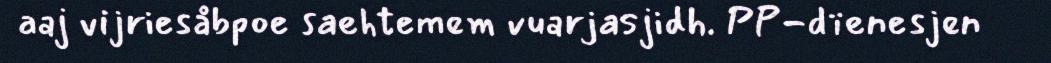
aaj vijriesåbpoe saehtemem vuarjasjidh. PP-dïenesjen